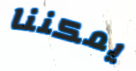
يمكننا